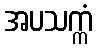
အပသက္ကံ